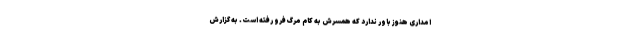
امداری هنوز باور ندارد که همسرش به کام مرگ فرو رفته است. به گزارش